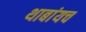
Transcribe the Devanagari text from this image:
थाबांयच